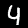
Digit: 4